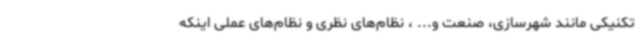
تکنیکی مانند شهرسازی، صنعت و... ، نظام‌های نظری و نظام‌های عملی اینکه